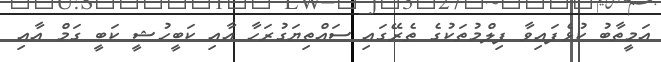
އަމީތާބު ކުޅެފައިވާ ފިލްމުތަކުގެ ތެރޭގައި ސައްތިޔަގުރަހާ އާއި ކަބީހުޝީ ކަބީ ގަމް އާއި